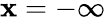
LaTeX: \mathbf{x}=-\infty